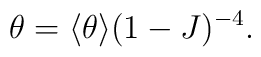
\theta = \langle \theta \rangle (1 - J)^{-4}.